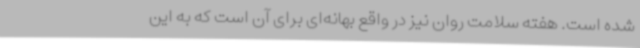
شده است. هفته سلامت روان نیز در واقع بهانه‌ای برای آن است که به این